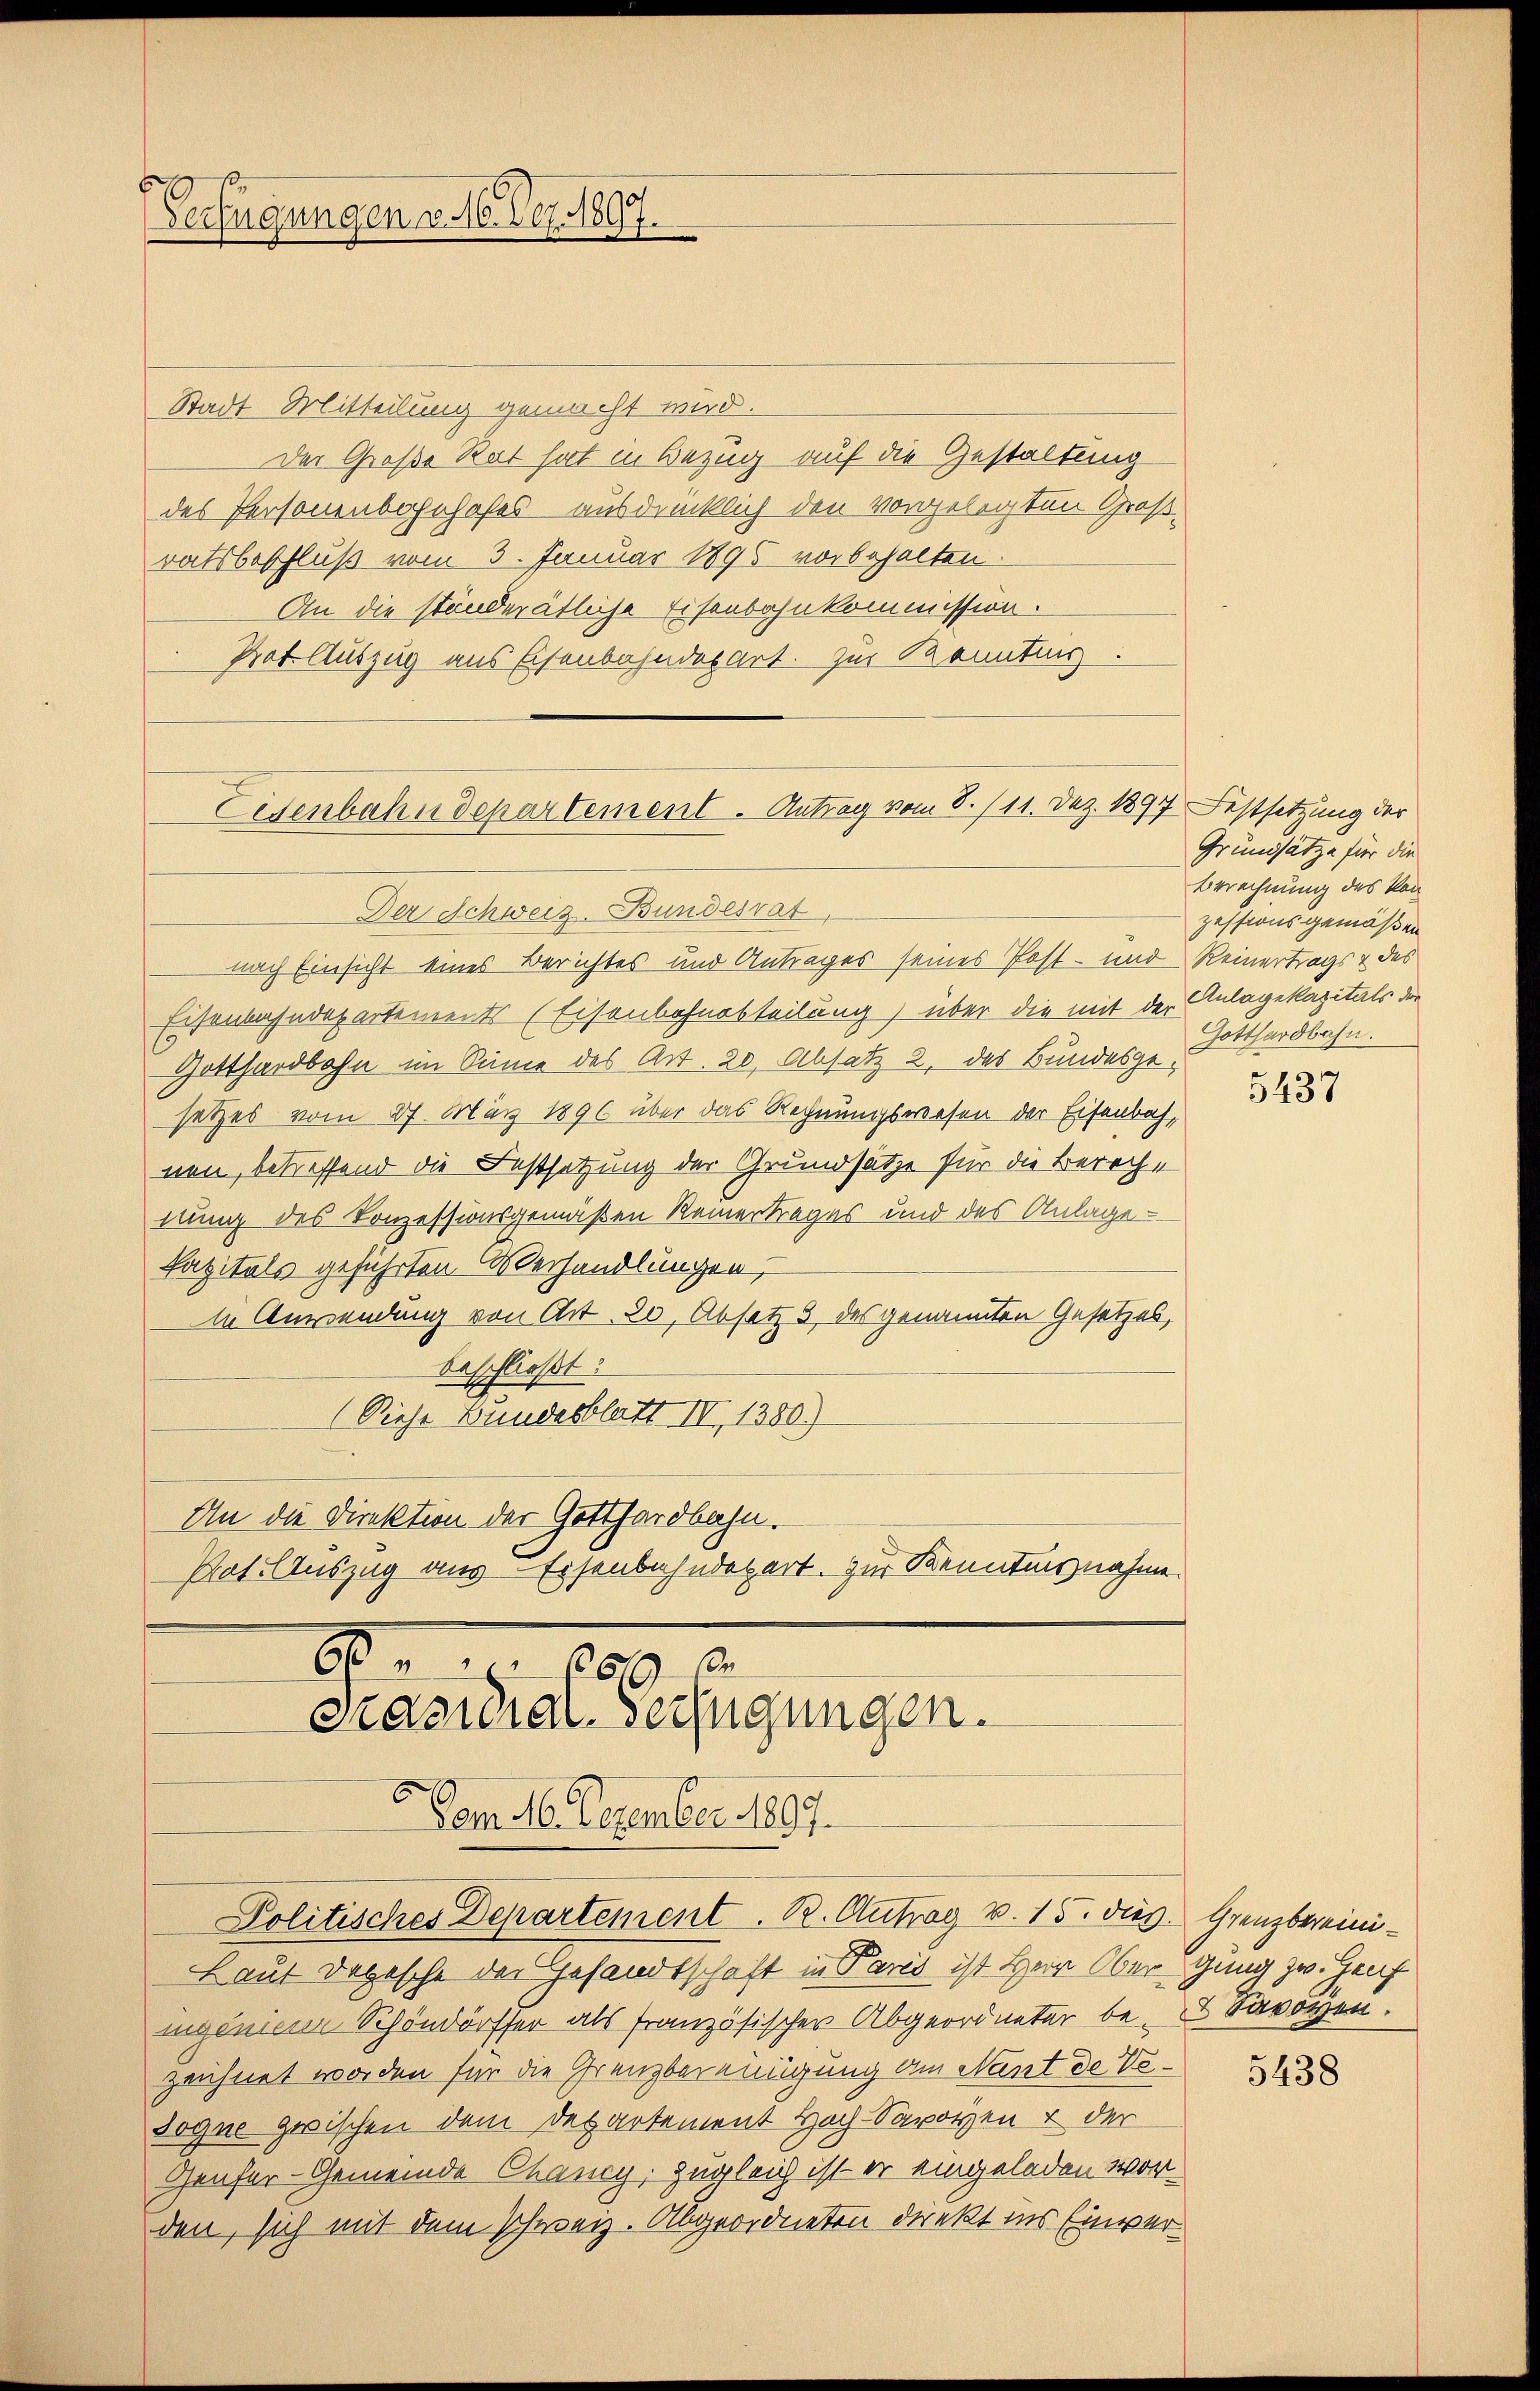
Verfügungen v. M. Dez. 1897.

Stadt Mitteilung gemacht wird.
Der Große Rat hat in Bezug auf die Gestaltung
des Personenbahnhofes ausdrücklich den vorgelegten Großratsbeschluß vom 3. Januar 1895 vorbehalten.
An die ständerätliche Eisenbahnkommission.
Prot. Auszug aus Eisenbahndepart. Zur Kenntnis:

Der Schweiz. Bundesrat
nach Einsicht eines Berichtes und Antrages seines Post- und Reinertrags & des
Eisenbahndepartements (Eisenbahnabteilung) über die mit der Anlagekapitals der
Gotthardbahn im Sinne des Art. 20, Absatz 2 des Bundesgesetzes vom 27. März 1890 über das Rechnungswesen der Eisenbach,
nen, betreffend die Festsetzung der Grundsatze für die Bereche
nung des Konzessionsgemäßen Reinertrages und des Anlage-
Kapitals geführten Verhandlungen,
In Anwendung von Art. 20, Absatz 5 des genannten Gesetzes,
beschließt:
(Siehe Bundesblatt II, 1380)
An die Direktion der Gotthardbahn.
Pat. Auszug aus Eisenbahndepart. Zur Kenntnisnahme
6
819. M

Eisenbahndepartement. Antrag vom 8./11. Dez. 1897 Festsetzung der

Panidial-Verfügungen.
Dem 16. Dezember 1899.
Politisches Departement. R. Antrag v. 15. dies Grenzbereini¬

Laut Depesche der Gesandtschaft in Paris ist Herr Obergung zu. Heuf
ngenien Schöndörfer als französischer Abgeordneter be- Savoyen.
zeichnet worden für die Grenzbereidigung am Nant de Vo¬
Sogne zwischen dem Departement Hoch-Savoyen & der
Genfer-Gemeinde Chancy, Zugleich ist er eingeladen worden, sich mit dem schweiz. Abgeordneten Direkt ins Einver¬

Grundsätze für die
Berechnung des kon
zessionsgemäßen
Gotthardbahn.

5437

5438